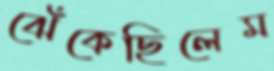
ঝেঁকেছিলেম